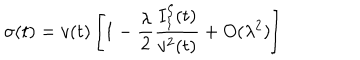
\sigma ( t ) = v ( t ) \left[ 1 - \frac { \lambda } { 2 } \frac { I _ { 1 } ^ { \zeta } ( t ) } { v ^ { 2 } ( t ) } + O ( \lambda ^ { 2 } ) \right]